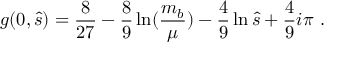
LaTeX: g ( 0 , \hat { s } ) = \frac { 8 } { 2 7 } - \frac { 8 } { 9 } \ln ( \frac { m _ { b } } { \mu } ) - \frac { 4 } { 9 } \ln \hat { s } + \frac { 4 } { 9 } i \pi ~ .